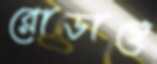
রোডান্থে